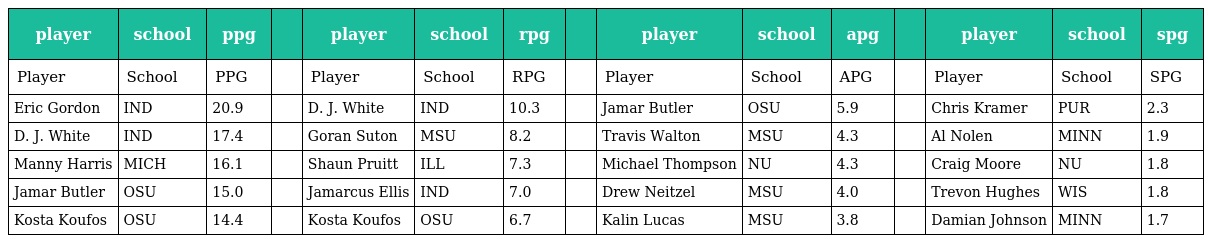
| player | school | ppg |  | player | school | rpg |  | player | school | apg |  | player | school | spg |
 | --- | --- | --- | --- | --- | --- | --- | --- | --- | --- | --- | --- | --- | --- | --- |
 | Player | School | PPG |  | Player | School | RPG |  | Player | School | APG |  | Player | School | SPG |
 | Eric Gordon | IND | 20.9 |  | D. J. White | IND | 10.3 |  | Jamar Butler | OSU | 5.9 |  | Chris Kramer | PUR | 2.3 |
 | D. J. White | IND | 17.4 |  | Goran Suton | MSU | 8.2 |  | Travis Walton | MSU | 4.3 |  | Al Nolen | MINN | 1.9 |
 | Manny Harris | MICH | 16.1 |  | Shaun Pruitt | ILL | 7.3 |  | Michael Thompson | NU | 4.3 |  | Craig Moore | NU | 1.8 |
 | Jamar Butler | OSU | 15.0 |  | Jamarcus Ellis | IND | 7.0 |  | Drew Neitzel | MSU | 4.0 |  | Trevon Hughes | WIS | 1.8 |
 | Kosta Koufos | OSU | 14.4 |  | Kosta Koufos | OSU | 6.7 |  | Kalin Lucas | MSU | 3.8 |  | Damian Johnson | MINN | 1.7 |